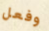
وفعل